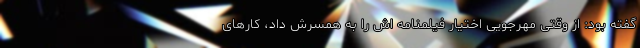
گفته بود: از وقتی مهرجویی اختیار فیلمنامه اش را به همسرش داد، کارهای